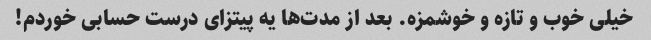
خیلی خوب و تازه و خوشمزه. بعد از مدت‌ها یه پیتزای درست حسابی خوردم!